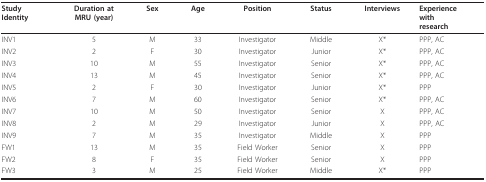
| StudyIdentity | Duration atMRU (year) | Sex | Age | Position | Status | Interviews | Experiencewithresearch |
 | --- | --- | --- | --- | --- | --- | --- | --- |
 | INV1 | 5 | M | 33 | Investigator | Middle | X* | PPP, AC |
 | INV2 | 2 | F | 30 | Investigator | Junior | X* | PPP, AC |
 | INV3 | 10 | M | 55 | Investigator | Senior | X* | PPP, AC |
 | INV4 | 13 | M | 45 | Investigator | Senior | X* | PPP, AC |
 | INV5 | 2 | F | 30 | Investigator | Junior | X* | PPP |
 | INV6 | 7 | M | 60 | Investigator | Senior | X* | PPP, AC |
 | INV7 | 10 | M | 50 | Investigator | Senior | X | PPP, AC |
 | INV8 | 2 | M | 29 | Investigator | Junior | X | PPP, AC |
 | INV9 | 7 | M | 35 | Investigator | Middle | X | PPP |
 | FW1 | 13 | M | 35 | Field Worker | Senior | X | PPP |
 | FW2 | 8 | F | 35 | Field Worker | Senior | X | PPP |
 | FW3 | 3 | M | 25 | Field Worker | Middle | X* | PPP |